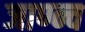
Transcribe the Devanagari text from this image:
जाण्न्च